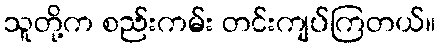
သူတို့က စည်းကမ်း တင်းကျပ်ကြတယ်။